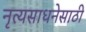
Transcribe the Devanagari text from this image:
नृत्यसाधनेसाठी